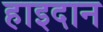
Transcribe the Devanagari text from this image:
हाइदान